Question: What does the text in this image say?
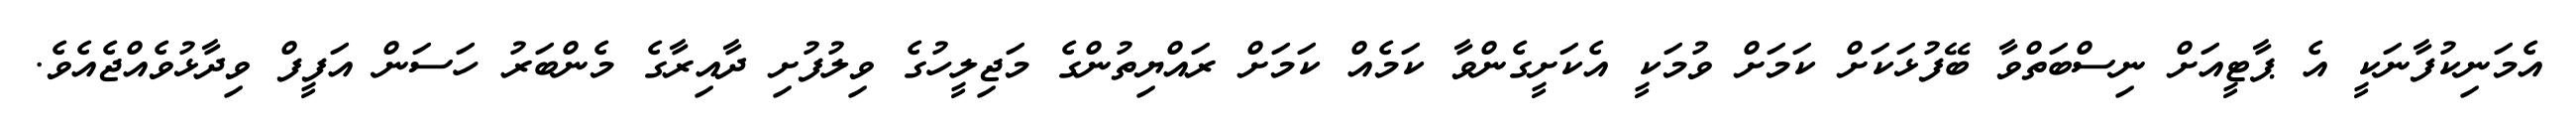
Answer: އެމަނިކުފާނަކީ އެ ޕާޓީއަށް ނިސްބަތްވާ ބޭފުޅަކަށް ކަމަށް ވުމަކީ އެކަށީގެންވާ ކަމެއް ކަމަށް ރައްޔިތުންގެ މަޖިލީހުގެ ވިލުފުށި ދާއިރާގެ މެންބަރު ހަސަން އަފީފް ވިދާޅުވެއްޖެއެވެ.